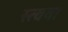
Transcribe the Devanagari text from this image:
स्त्वया